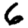
Digit: 6